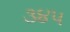
૩૪૫